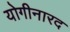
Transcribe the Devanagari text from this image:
योगीनारद